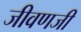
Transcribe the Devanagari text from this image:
जीवणजी